system: You are a helpful assistant.
user:
Analyze the provided spectrum to determine if it is a **Carbon Star (C-type)**.

- **Key Visual Indicators of Carbon Star:**
    - **(Primary):** Strong molecular absorption from **C₂ (diatomic carbon) "Swan Bands."** This is the **defining feature** of a carbon star.
        - **(Key Bandheads):** Sharp absorption edges are visible at approximately $5635$ Å, $5165$ Å (the strongest band), and $4737$ Å.
        - **(Line Profile):** Creates a distinct **"saw-tooth"** pattern. The key morphology is a sharp, steep bandhead on the **red (long-wavelength) side**, which then gradually tapers off (i.e., flux recovers) towards the **blue (short-wavelength) side**. *(This is the direct opposite of the TiO bands seen in M-type stars)*.

    - **(Secondary):** Intense **CN (cyanogen)** molecular absorption bands.
        - **(Key Bandheads):** Located in the blue and violet regions of the spectrum (e.g., near $4215$ Å and $3883$ Å).
        - **(Morphology):** These bands are extremely broad and act as a "blanket," absorbing the vast majority of blue and violet light. This creates a characteristic **"cliff"** or **"steep drop-off"** in the spectrum's flux at short wavelengths.

    - **(Key Confirmation):** Strong **CH absorption band (G-band)**.
        - **(Key Bandhead):** Located around $4300$ Å. The contribution from CH molecules to this band is exceptionally strong.

    - **(Overall Spectrum):**
        - The continuum is severely "chopped up" by these deep molecular bands, especially C₂, rather than appearing as a smooth curve.
        - Due to the heavy CN and C₂ absorption in the blue-green, the vast majority of the star's flux is concentrated in the red part of the spectrum, giving the star its characteristic deep red color.

Think first, call **spectral_visualization_tool** if needed to examine features in detail, then provide your final answer. Your response must adhere to the following strict rules:
1.  **Overall Structure:** Your response must follow the format `<think>...</think> <tool_call>...</tool_call> (if a tool is used) <answer>...</answer>`.
2.  **Tool Usage Constraint:** You may only make **one** tool call per turn.
3.  **Final Answer Format:** In the `<answer>` tag, your conclusion must be inside a `\boxed{}` command (e.g., `\boxed{YES}`), followed by your justification.

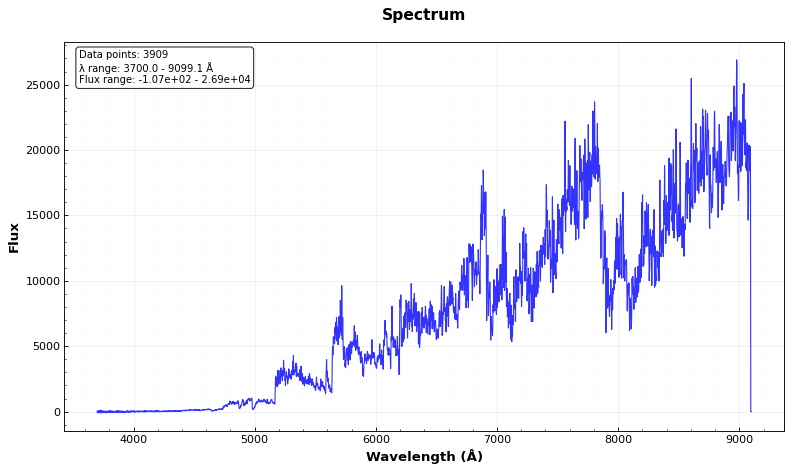
Answer: YES